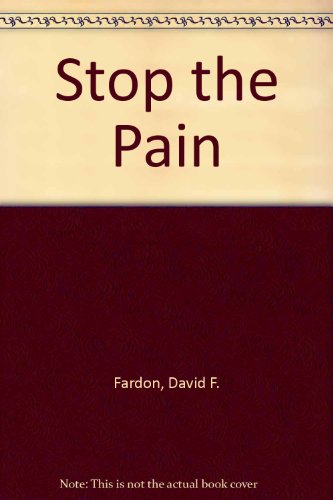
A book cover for Stop The Pain!; David Fardon; Health, Fitness & Dieting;